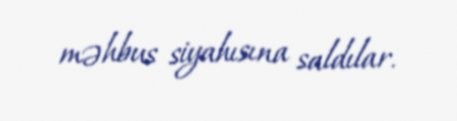
məhbus siyahısına saldılar.